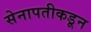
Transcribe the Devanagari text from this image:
सेनापतीकडून